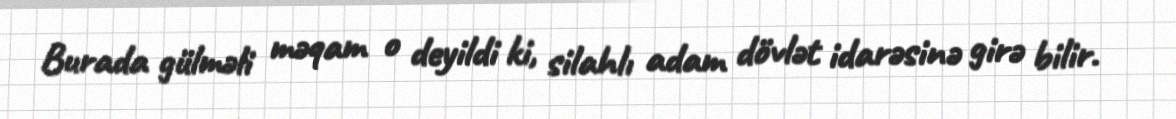
Burada gülməli məqam o deyildi ki, silahlı adam dövlət idarəsinə girə bilir.